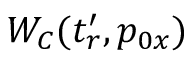
W _ { C } ( t _ { r } ^ { \prime } , p _ { 0 x } )